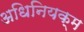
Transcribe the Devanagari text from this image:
अधिनियक्म